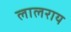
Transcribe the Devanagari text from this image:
लालराय